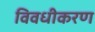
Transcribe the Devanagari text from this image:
विवधीकरण